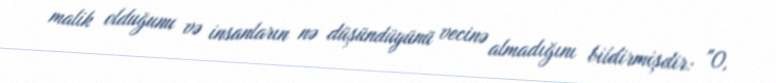
malik olduğunu və insanların nə düşündüyünü vecinə almadığını bildirmişdir: "O,